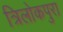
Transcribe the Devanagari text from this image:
त्रिलोकपुरा